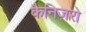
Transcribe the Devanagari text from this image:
कैनिज़रो